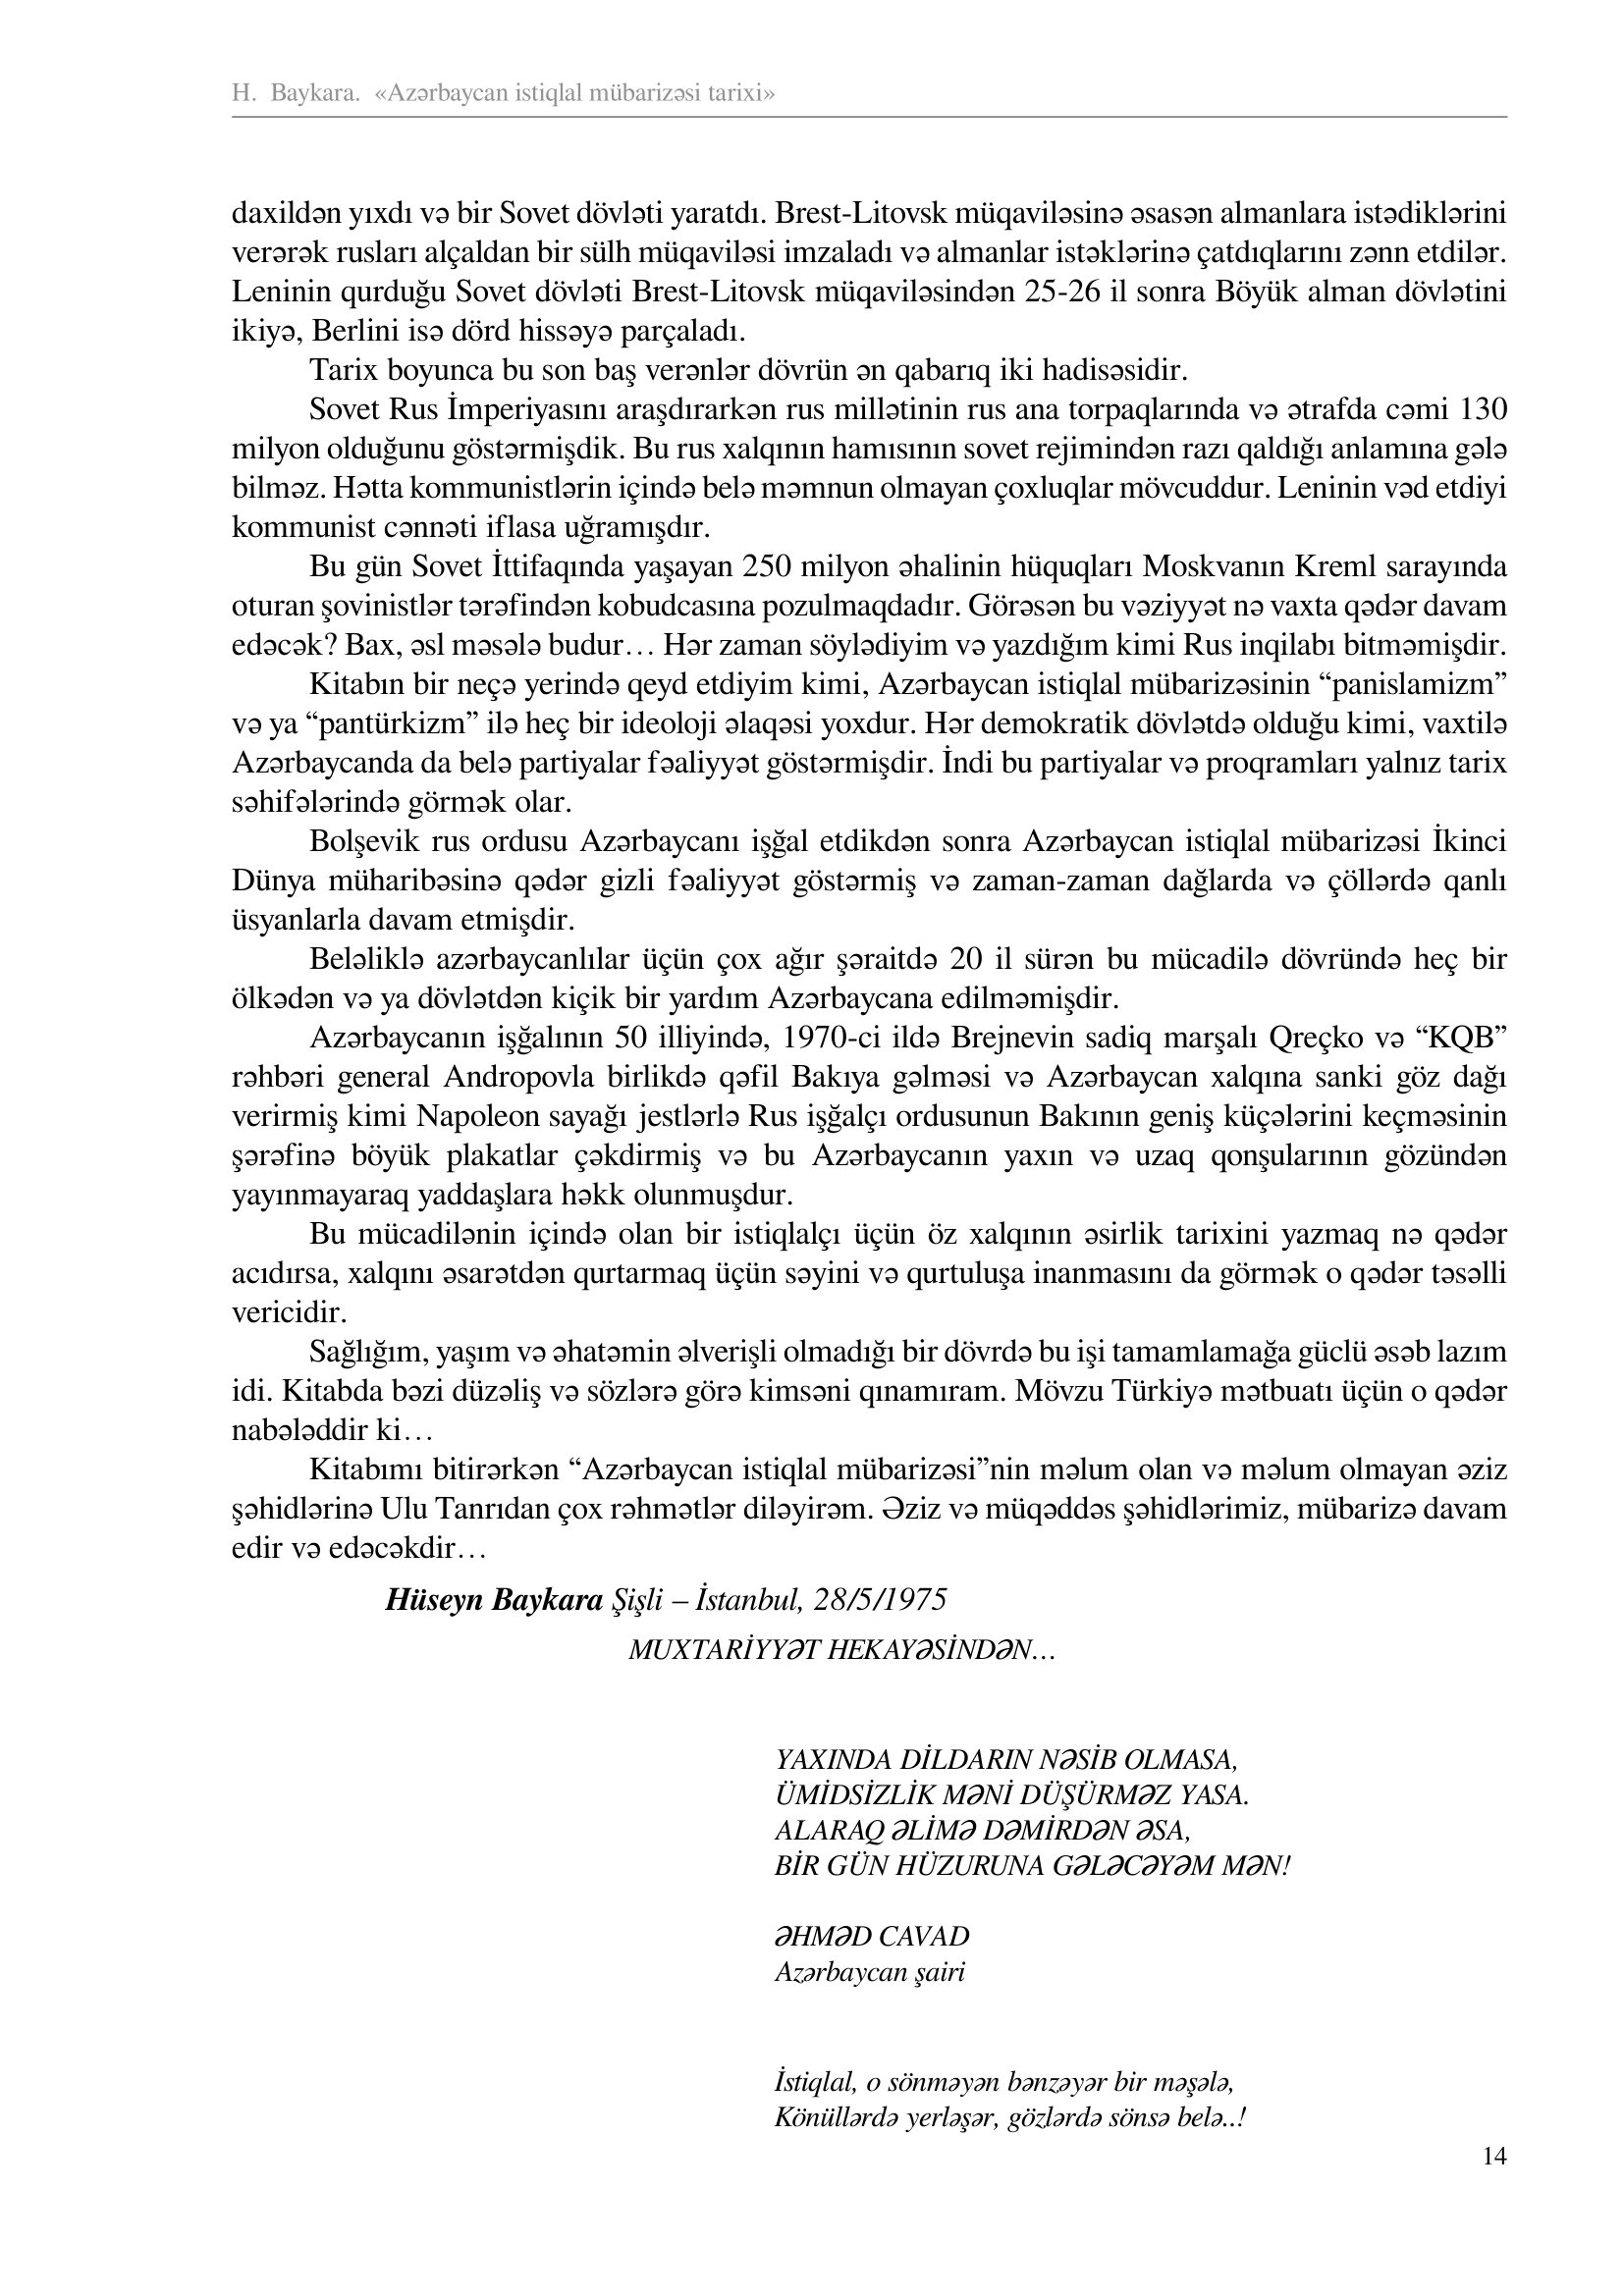
Language: az